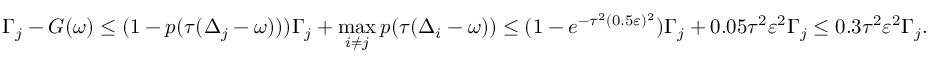
\Gamma _ { j } - G ( \omega ) \leq ( 1 - p ( \tau ( \Delta _ { j } - \omega ) ) ) \Gamma _ { j } + \operatorname* { m a x } _ { i \neq j } p ( \tau ( \Delta _ { i } - \omega ) ) \leq ( 1 - e ^ { - \tau ^ { 2 } ( 0 . 5 \varepsilon ) ^ { 2 } } ) \Gamma _ { j } + 0 . 0 5 \tau ^ { 2 } \varepsilon ^ { 2 } \Gamma _ { j } \leq 0 . 3 \tau ^ { 2 } \varepsilon ^ { 2 } \Gamma _ { j } .